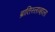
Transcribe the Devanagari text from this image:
ब्रातिस्लाव्हाला